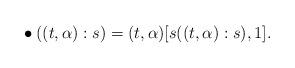
LaTeX: \begin{align*}&\bullet((t,\alpha):s)=(t,\alpha)[s((t,\alpha):s),1].&\end{align*}